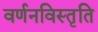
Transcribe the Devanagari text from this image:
वर्णनविस्तृति